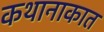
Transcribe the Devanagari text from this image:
कथानाकात